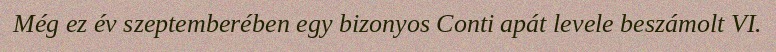
Még ez év szeptemberében egy bizonyos Conti apát levele beszámolt VI.